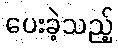
ပေးခဲ့သည့်